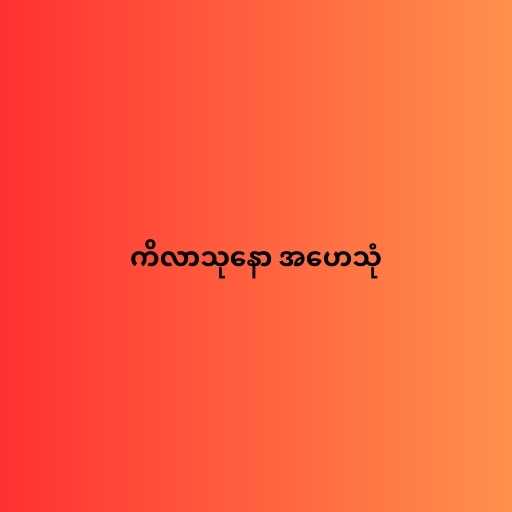
ကိလာသုနော အဟေသုံ